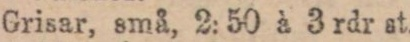
Grisar, små, 2: 50 à 3 rdr st.